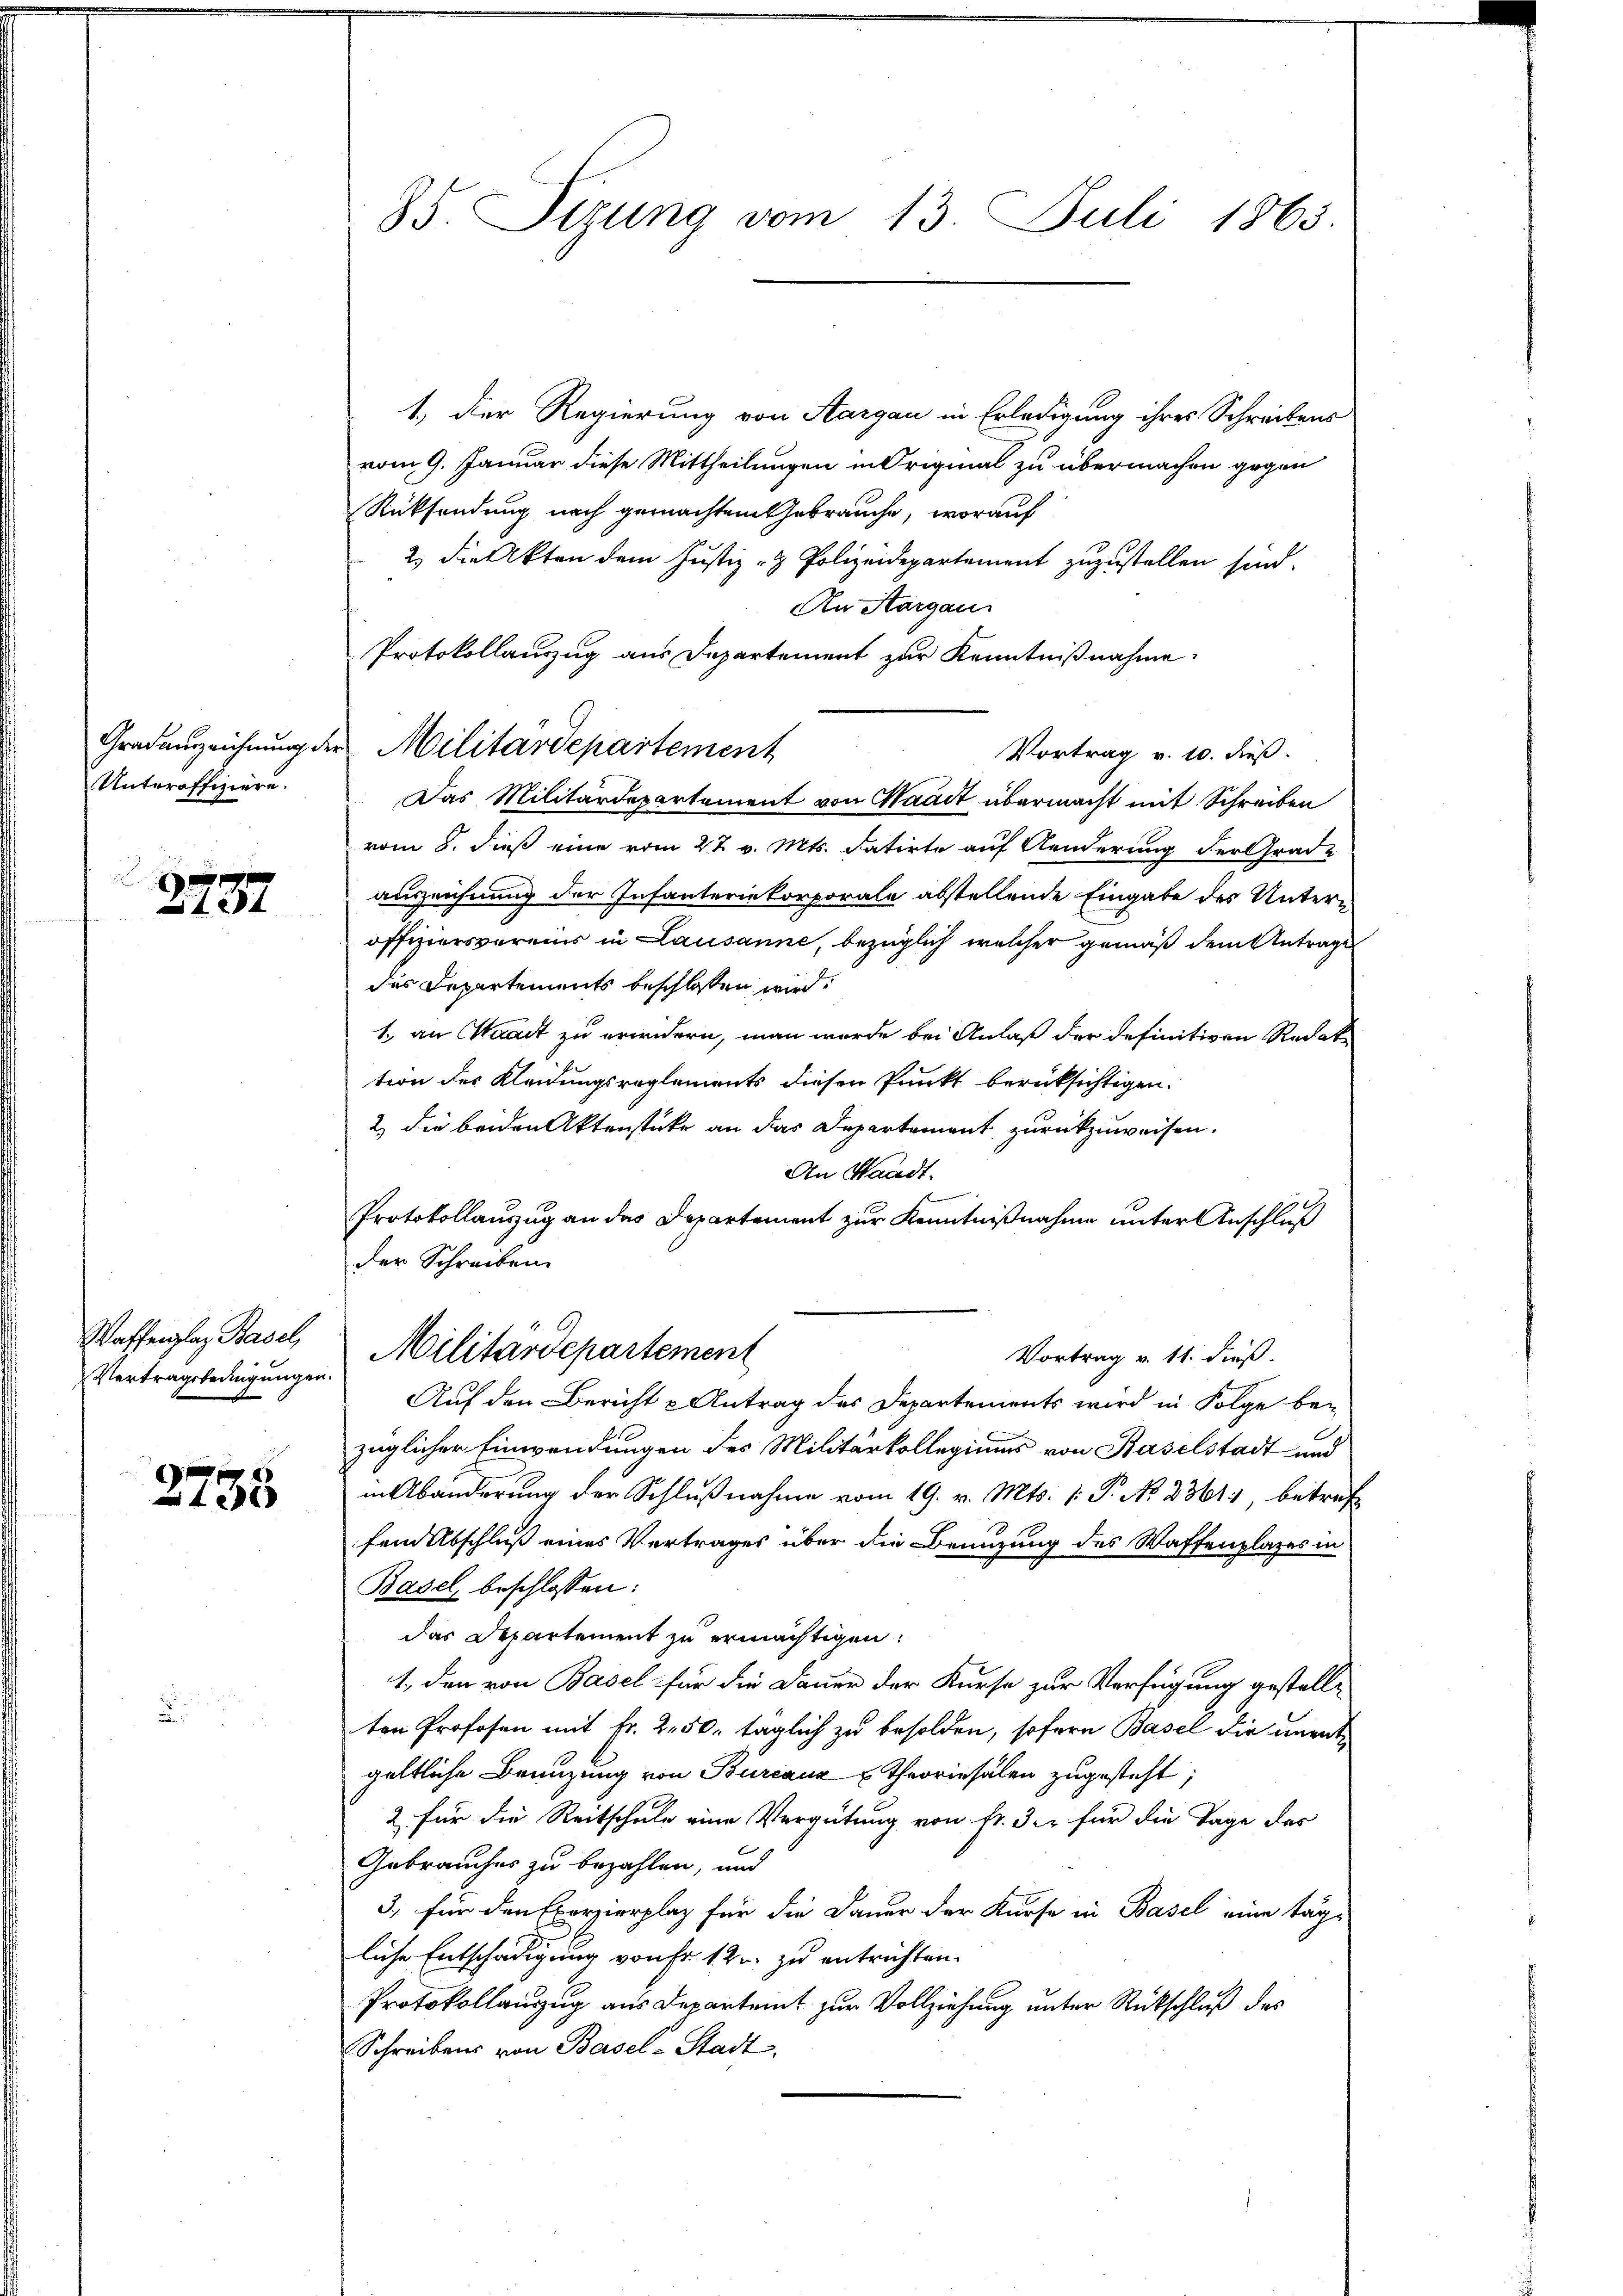
Unteroffiziere.

E
xx

Vertragsbedingungen.

2735

85. Sizung vom 13. Juli 1863.

1.) Der Regierung von Aargau in Erledigung ihres Schreibens
vom 9. Januar diese Mittheilungen in Original zu übermachen gegen
Rücksendung nach gemachtem Gebrauche, worauf
2) die Akten dem Justiz - Polizeidepartement zuzustellen sind.
An Aargau
Protokollauszug aus Departement zur Kenntnißnahme.
Vortrag v. 10. dieß.
Das Militärdepartement von Waadt übermacht mit Schreiben
vom 8. dieß eine vom 27 v. Mts. datirte auf Aenderung der Grade
auszeichnung der Infanteriekorporale abstellende Eingabe des Unteroffiziersvereins in Lausanne, bezüglich welcher gemäß dem Antrage
des Departements beschlossen wird.
1. an Waadt zu erindern, man wurde bei Anlaß der definitiven Redate
tion der Kleidungsreglements diesen Punkt berüksichtigen.
2) die beiden Aktenstücke an das Departement zurückzuweisen.
An Standt.
Protokollauszug an das Departement zur Kenntnißnahme unter Anschluß
der Schreiben.
Waffenplaz Basel, Militärdepartement
Vortrag v. 11. dieß.
Auf den Bericht u Antrag des Departements wird in Folge be-
züglicher Einwendungen des Militärkollegiums von Baselstadt und
in Abänderung der Schlußnahme vom 19. v. Mts. [: P. No. 2361, betreff
fein Abschluß eines Vertrages über die Benuzung des Waffenplatzes in
Basel beschlossen:
das Departement zu ermächtigen.
1., den von Basel für die Dauer der Kurse zur Verfügung gestellt
ten Profesen mit Fr. 250. täglich zu besolden, sofern Basel die unentgeltliche Benuzung von Burcauz Theoriesalen zugesteht;
2 für die Reitschule eine Vergütung von Fr. 3. für die Tage des
Gebrauches zu bezahlen, und
3, für den Exerzierplatz für die Dauer der Kurse in Basel eine tägliche Entschädigung von Fr. 12 u. zu entrichten.
Protokollanzug aus Departeit zur Vollziehung unter Rückschluß des
Schreibens von Basel-Stadt.

Gradenszeichnung der Militärdepartement